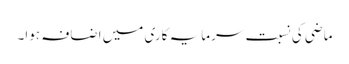
ماضی کی نسبت سرمایہ کاری میں اضافہ ہوا۔